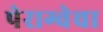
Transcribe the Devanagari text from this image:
पेराग्वेचा